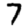
Digit: 7